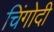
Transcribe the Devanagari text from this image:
चिंगोदी